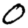
Digit: 0